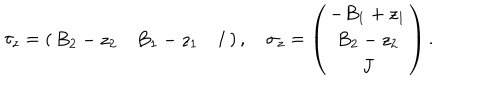
\tau _ { z } = \left( \begin{matrix} { { B _ { 2 } - z _ { 2 } } } & { { B _ { 1 } - z _ { 1 } } } & { { I } } \\ \end{matrix} \right) , \quad \sigma _ { z } = \left( \begin{matrix} { { - B _ { 1 } + z _ { 1 } } } \\ { { B _ { 2 } - z _ { 2 } } } \\ { { J } } \\ \end{matrix} \right) .